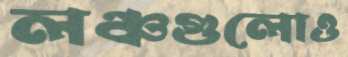
লঞ্চগুলোও